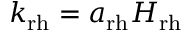
k _ { \mathrm { r h } } = a _ { \mathrm { r h } } H _ { \mathrm { r h } }